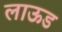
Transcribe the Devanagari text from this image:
लाऊड